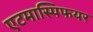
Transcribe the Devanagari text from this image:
एटमास्पिफयर